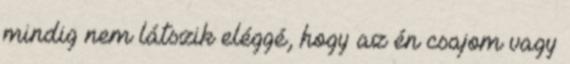
mindig nem látszik eléggé, hogy az én csajom vagy